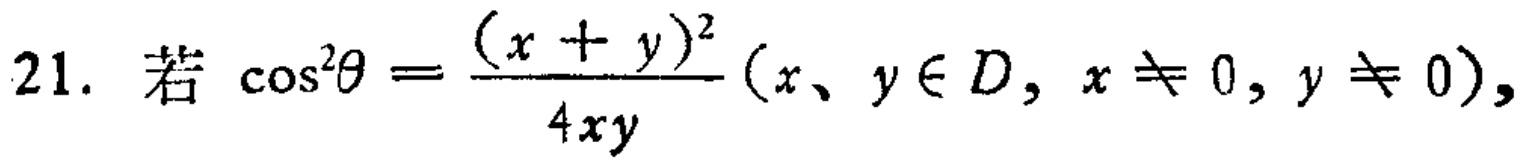
$21.\ 若\ \cos^{2}\theta = \frac{(x + y)^{2}}{4xy}(x、y\in D,x\neq 0,y\neq 0),$